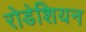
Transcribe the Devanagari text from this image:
रोडेशियन